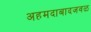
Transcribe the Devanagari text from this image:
अहमदाबादजवळ